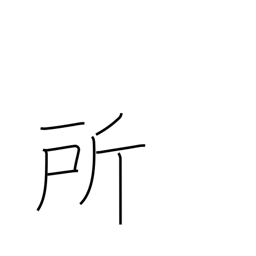
Meaning: place